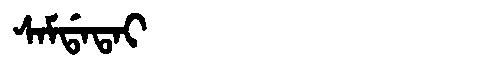
Manchu: ᠰᠠᠮᡩᠠᡨᠠᡳ
Romanization: SAMDATAI